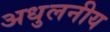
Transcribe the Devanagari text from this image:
अधुलनीय